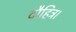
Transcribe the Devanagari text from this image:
दौहित्र।